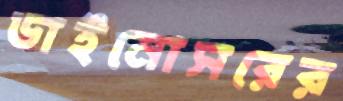
ডাইনোসরের